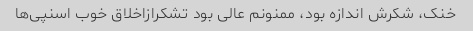
خنک، شکرش اندازه بود، ممنونم عالی بود تشکرازاخلاق خوب اسنپی‌ها